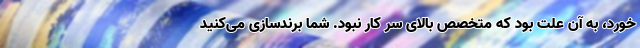
خورد، به آن علت بود که متخصص بالای سر کار نبود. شما برندسازی می‌کنید